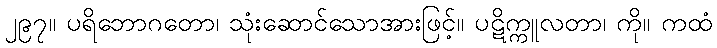
၂၉၇။ ပရိဘောဂတော၊ သုံးဆောင်သောအားဖြင့်။ ပဋိက္ကူလတာ၊ ကို။ ကထံ